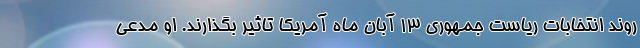
روند انتخابات ریاست جمهوری 13 آبان ماه آمریکا تاثیر بگذارند. او مدعی